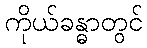
ကိုယ်ခန္ဓာတွင်